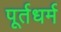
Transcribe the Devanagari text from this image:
पूर्तधर्म